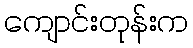
ကျောင်းတုန်းက